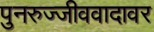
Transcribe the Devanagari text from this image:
पुनरुज्जीववादावर